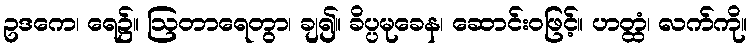
ဥဒကေ၊ ရေ၌။ ဩတာရေတွာ၊ ချ၍။ ခိပ္ပမုခေန၊ ဆောင်းဝဖြင့်။ ဟတ္ထံ၊ လက်ကို။